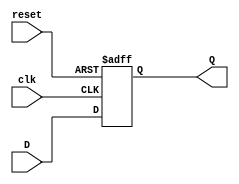
module synchronous_register #(
    parameter WIDTH = 8  // Parameter to specify the bit-width of the register
) (
    input  wire            clk,   // Clock signal
    input  wire            reset, // Reset signal
    input  wire [WIDTH-1:0] D,    // Data input
    output reg  [WIDTH-1:0] Q     // Data output
);

    // Always block triggered on the rising edge of the clock or the reset
    always @(posedge clk or posedge reset) begin
        if (reset) begin
            Q <= 0;  // Clear the register to zero (or other predefined value)
        end else begin
            Q <= D;  // Capture the input value on clock edge
        end
    end

endmodule